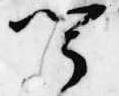
聞